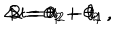
LaTeX: \Delta t = t _ { 2 } - t _ { 1 } \, , \hspace { 1 c m } R = \theta _ { 2 } - \theta _ { 1 } \, , \hspace { 1 c m } S = \theta _ { 1 } + \theta _ { 2 }